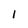
Character: 1